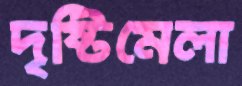
দৃষ্টিমেলা